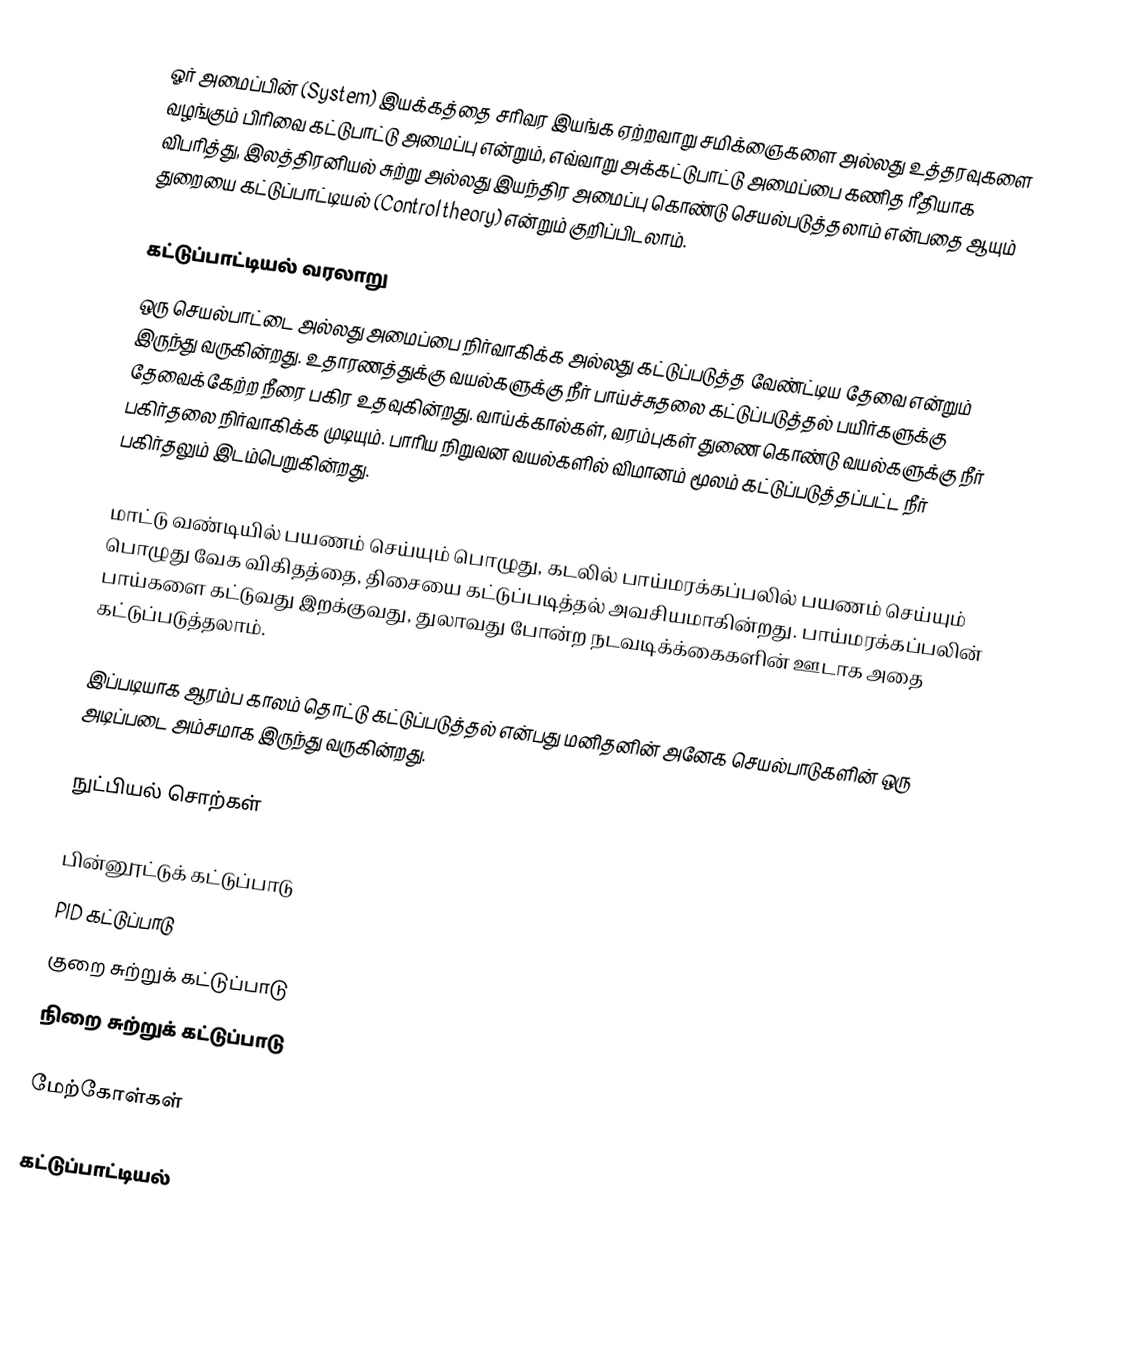
ஓர் அமைப்பின் (System) இயக்கத்தை சரிவர இயங்க ஏற்றவாறு சமிக்ஞைகளை அல்லது உத்தரவுகளை வழங்கும் பிரிவை கட்டுபாட்டு அமைப்பு என்றும், எவ்வாறு அக்கட்டுபாட்டு அமைப்பை கணித ரீதியாக விபரித்து, இலத்திரனியல் சுற்று அல்லது இயந்திர அமைப்பு கொண்டு செயல்படுத்தலாம் என்பதை ஆயும் துறையை கட்டுப்பாட்டியல் (Control theory) என்றும் குறிப்பிடலாம்.

கட்டுப்பாட்டியல் வரலாறு
ஒரு செயல்பாட்டை அல்லது அமைப்பை நிர்வாகிக்க அல்லது கட்டுப்படுத்த வேண்ட்டிய தேவை என்றும் இருந்து வருகின்றது.  உதாரணத்துக்கு வயல்களுக்கு நீர் பாய்ச்சுதலை கட்டுப்படுத்தல் பயிர்களுக்கு தேவைக்கேற்ற நீரை பகிர உதவுகின்றது.  வாய்க்கால்கள், வரம்புகள் துணை கொண்டு வயல்களுக்கு நீர் பகிர்தலை நிர்வாகிக்க முடியும்.  பாரிய நிறுவன வயல்களில் விமானம் மூலம் கட்டுப்படுத்தப்பட்ட நீர் பகிர்தலும் இடம்பெறுகின்றது.

மாட்டு வண்டியில் பயணம் செய்யும் பொழுது, கடலில் பாய்மரக்கப்பலில் பயணம் செய்யும் பொழுது வேக விகிதத்தை, திசையை கட்டுப்படித்தல் அவசியமாகின்றது.  பாய்மரக்கப்பலின் பாய்களை கட்டுவது இறக்குவது, துலாவது போன்ற நடவடிக்க்கைகளின் ஊடாக அதை கட்டுப்படுத்தலாம்.

இப்படியாக ஆரம்ப காலம் தொட்டு கட்டுப்படுத்தல் என்பது மனிதனின் அனேக செயல்பாடுகளின் ஒரு அடிப்படை அம்சமாக இருந்து வருகின்றது.

நுட்பியல் சொற்கள்

 பின்னூட்டுக் கட்டுப்பாடு
 PID கட்டுப்பாடு
 குறை சுற்றுக் கட்டுப்பாடு
 நிறை சுற்றுக் கட்டுப்பாடு

மேற்கோள்கள்

கட்டுப்பாட்டியல்